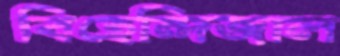
বিহেন্দিজাল